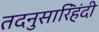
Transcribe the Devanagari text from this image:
तदनुसारिंहंदी